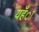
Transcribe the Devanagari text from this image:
यहँा